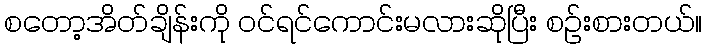
စတော့အိတ်ချိန်းကို ဝင်ရင်ကောင်းမလားဆိုပြီး စဉ်းစားတယ်။